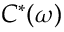
C ^ { * } ( \omega )